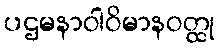
ပဌမနာဝါဝိမာနဝတ္ထု